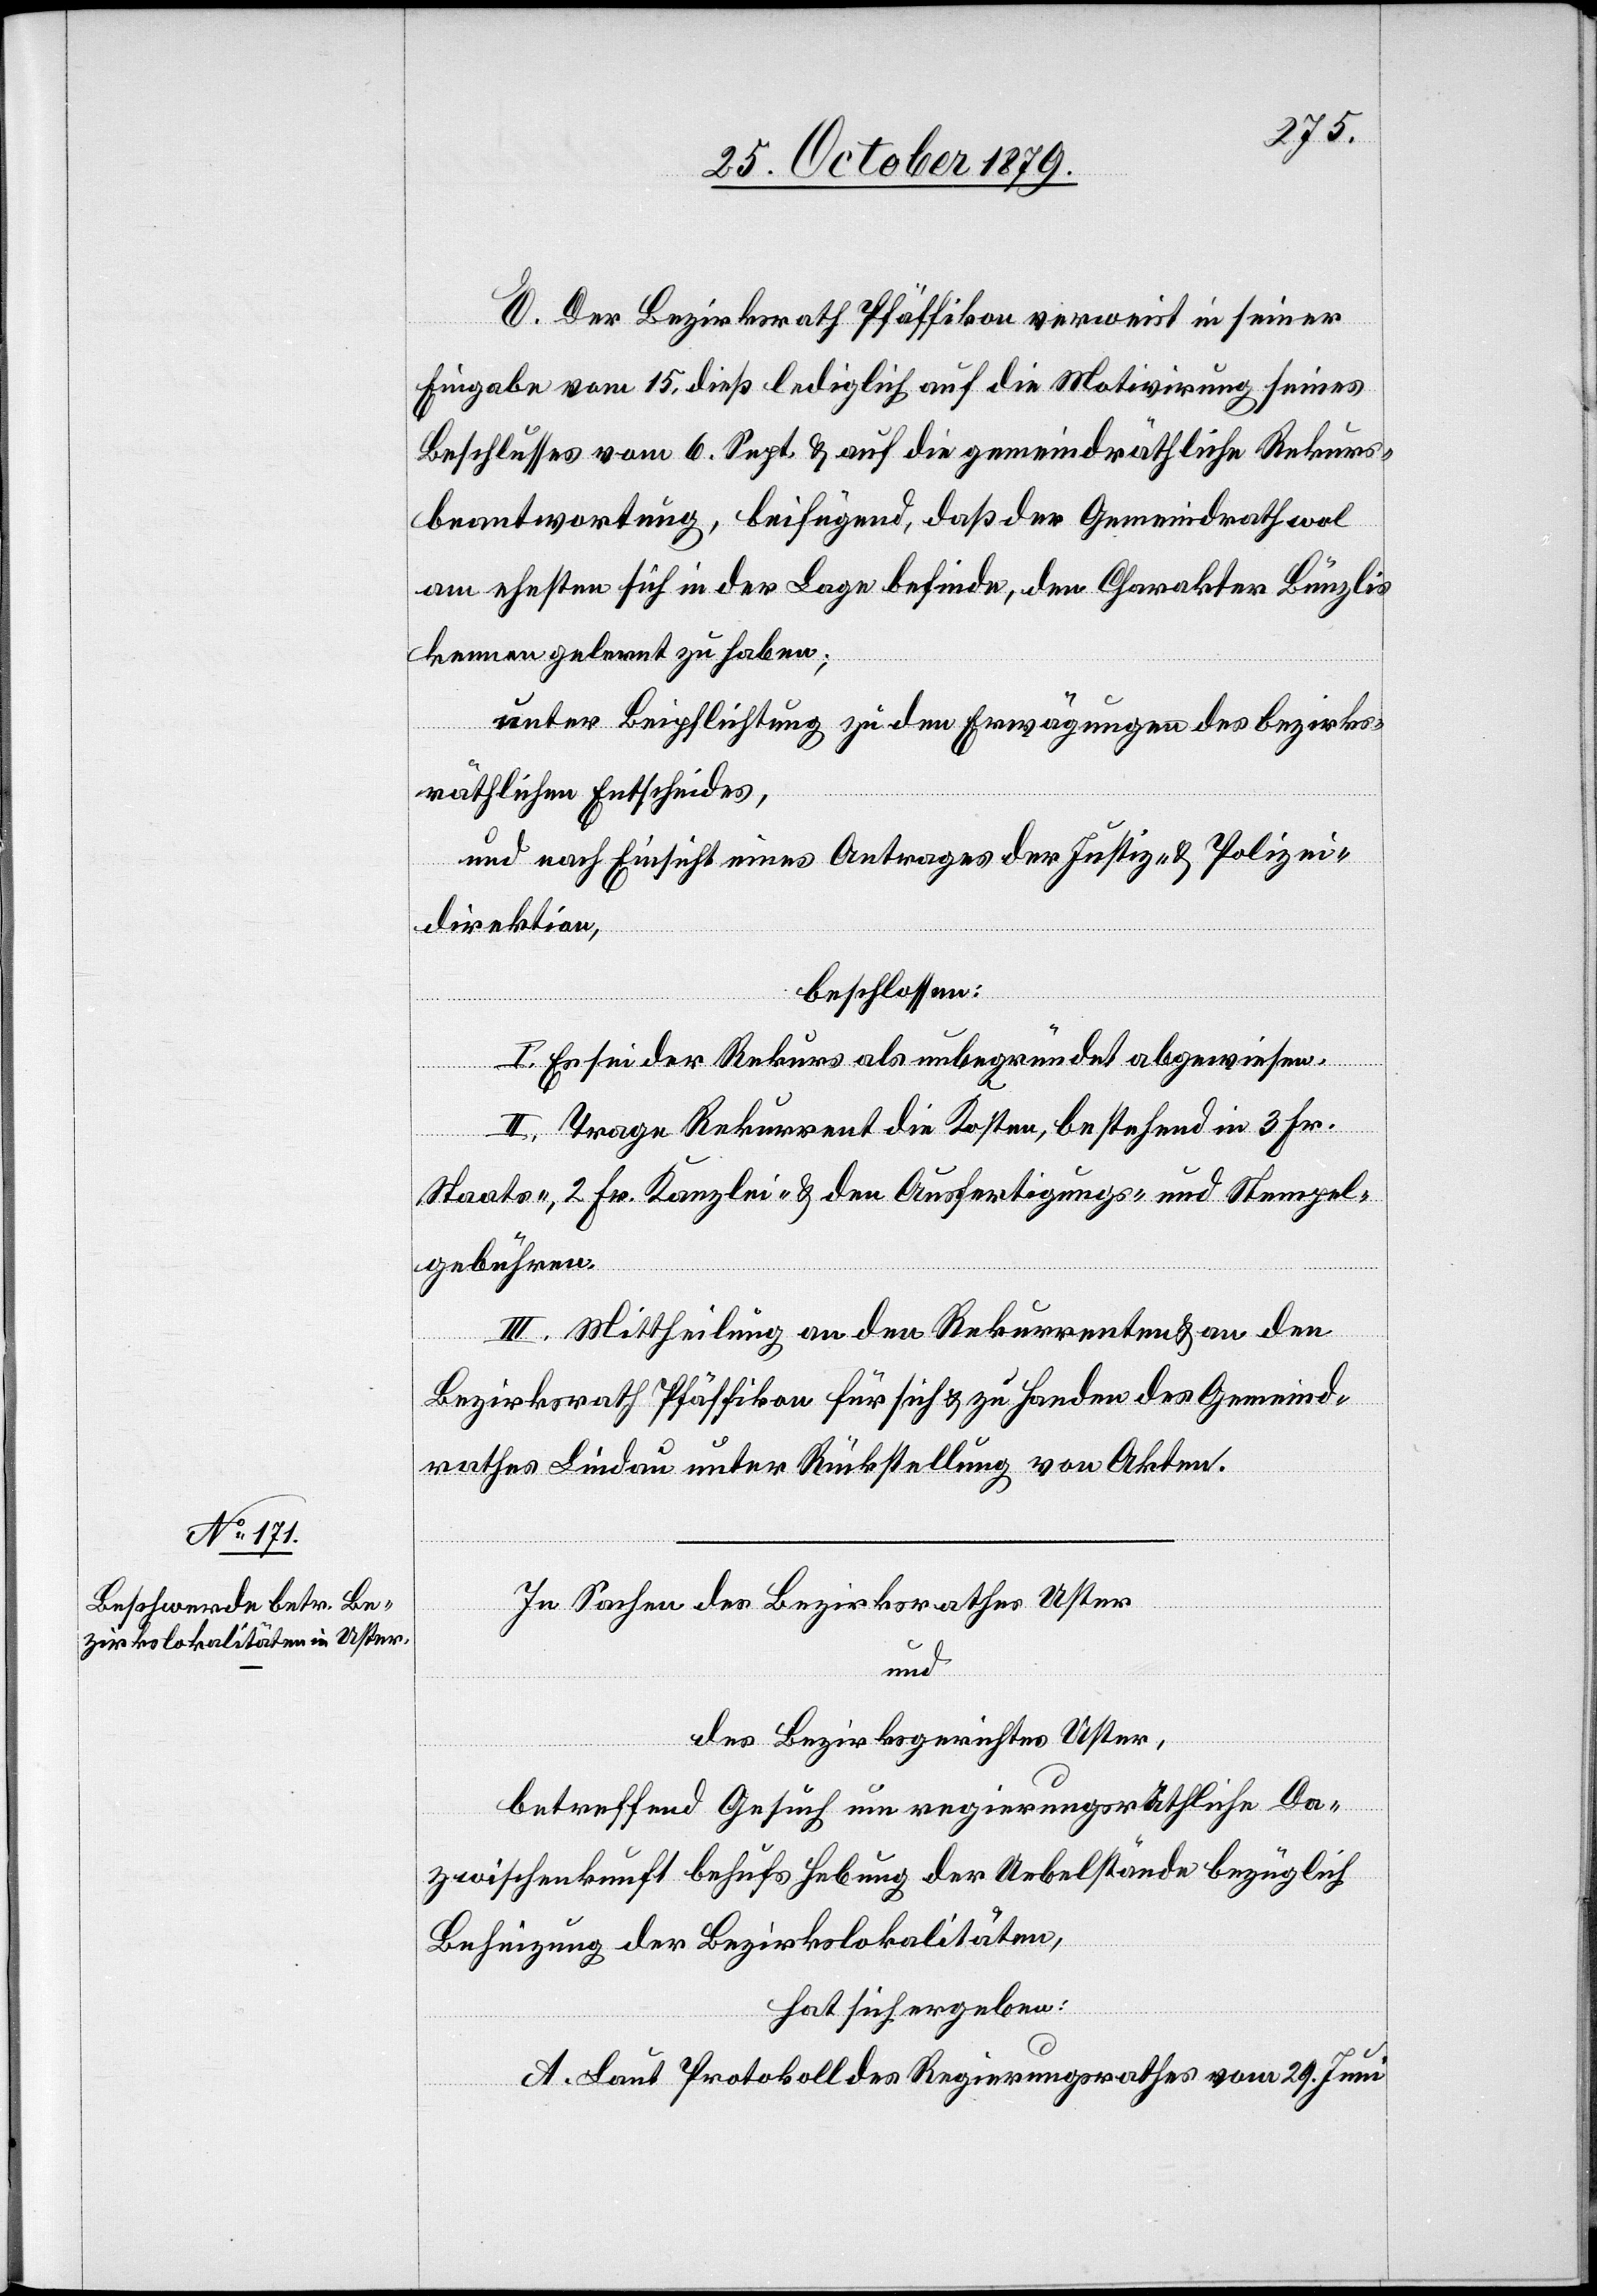
E. Der Bezirksrath Pfäffikon verweist in seiner
Eingabe vom 15. dieß lediglich auf die Motivirung seines
Beschlusses vom 6. Sept. & auf die gemeindräthliche Rekurs¬
beantwortung beifügend, daß der Gemeindrath wol
am ehesten sich in der Lage befinde, den Charakter Bünzlis
kennengelernt zu haben;
unter Beipflichtung zu den Erwägungen des bezirks¬
räthlichen Entscheids,
und nach Einsicht eines Antrages der Justiz- & Polizei¬
direktion,
beschlossen:
I. Es sei der Rekurs als unbegründet abgewiesen.
II. Trage Rekurrent die Kosten, bestehend in 3 Fr.
Staats-, 2 Fr. Kanzlei- & den Ausfertigungs- und Stempel¬
gebühren.
III. Mittheilung an den Rekurrenten & an den
Bezirksrath Pfäffikon für sich & zu Handen des Gemeind¬
rathes Lindau unter Rückstellung von Akten.
In Sachen des Bezirksrathes Uster
und
des Bezirksgerichtes Uster,
betreffend Gesuch um regierungsräthliche Da¬
zwischenkunft behufs Hebung der Uebelstände bezüglich
Beheizung der Bezirkslokalitäten,
hat sich ergeben:
A. Laut Protokoll des Regierungsrathes vom 29. Juni